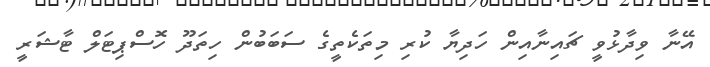
އޭނާ ވިދާޅުވީ ޗައިނާއިން ހަދިޔާ ކުރި މިތަކެތީގެ ސަބަބުން ހިތަދޫ ހޮސްޕިޓަލް ޓާޝަރީ